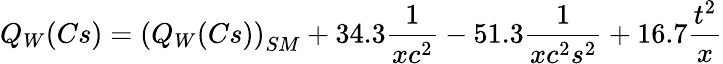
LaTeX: Q_{W}(Cs)=\left(Q_{W}(Cs)\right)_{SM}+34.3{\frac{1}{xc^{2}}}-51.3{\frac{1}{xc^{2}s^{2}}}+16.7{\frac{t^{2}}{x}}